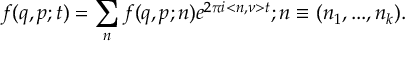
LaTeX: f ( q , p ; t ) = \sum _ { n } f ( q , p ; n ) e ^ { 2 { \pi } i < n , \nu > t } ; n \equiv ( n _ { 1 } , . . . , n _ { k } ) .